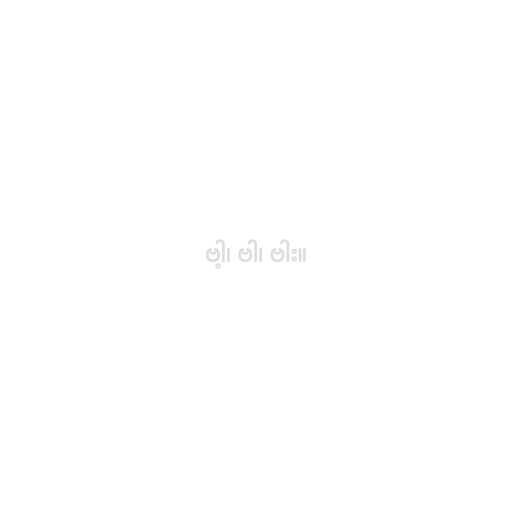
ဗါ့၊ ဗါ၊ ဗါး။